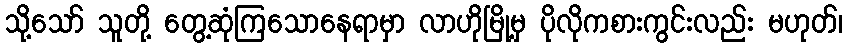
သို့သော် သူတို့ တွေ့ဆုံကြသောနေရာမှာ လာဟိုမြို့မှ ပိုလိုကစားကွင်းလည်း မဟုတ်၊